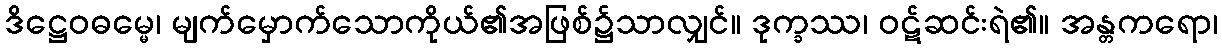
ဒိဋ္ဌေဝဓမ္မေ၊ မျက်မှောက်သောကိုယ်၏အဖြစ်၌သာလျှင်။ ဒုက္ခဿ၊ ဝဋ်ဆင်းရဲ၏။ အန္တကရော၊